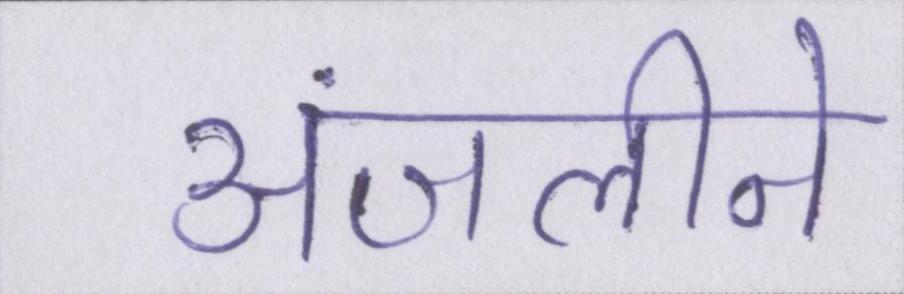
अंजलीने